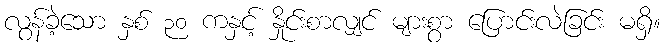
လွန်ခဲ့သော နှစ် ၃၀ ကနှင့် နှိုင်းစာလျှင် များစွာ ပြောင်းလဲခြင်း မရှိ။